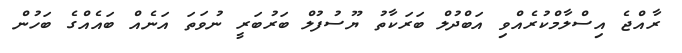
ރާއްޖެ އިސްލާމްކުރެއްވި އަބްދުލް ބަރަކާތު ޔޫސުފުލް ބަރުބަރީ ނުވަތަ އަނެއް ބައެއްގެ ބަހުން